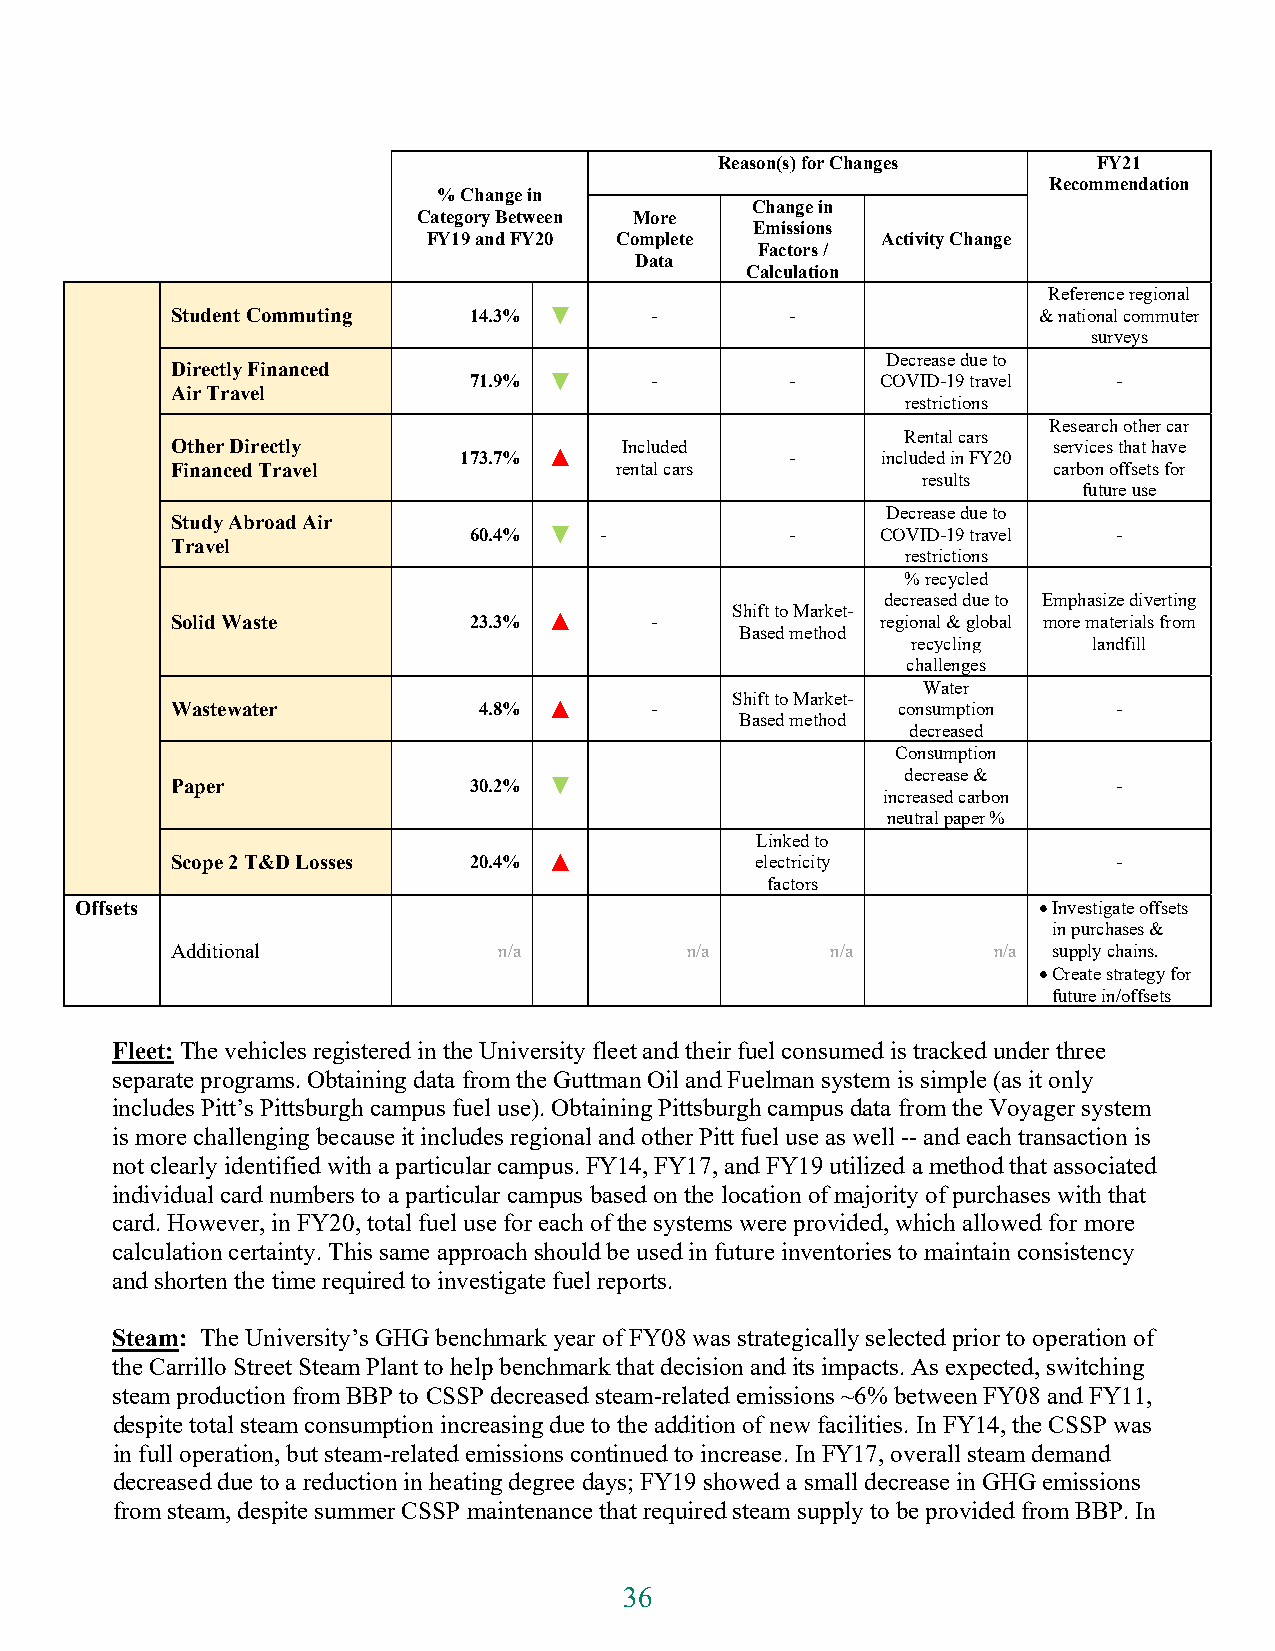
Reason(s) for Changes    FY21
 Recommendation
 % Change in
 Change in
 Category Between More
 Emissions
 FY19 and FY20 Complete        Activity Change
 Factors /
 Data
 Calculation
 Reference regional
 Student Commuting   14.3% ▼     -        -                & national commuter
 surveys
 Decrease due to
 Directly Financed
 71.9% ▼     -        -     COVID-19 travel -
 Air Travel
 restrictions
 Research other car
 Rental cars
 Other Directly                Included                     services that have
 173.7% ▲              -     included in FY20
 Financed Travel               rental cars                  carbon offsets for
 results
 future use
 Decrease due to
 Study Abroad Air
 60.4% ▼  -           -     COVID-19 travel -
 Travel
 restrictions
 % recycled
 decreased due to Emphasize diverting
 Shift to Market-
 Solid Waste         23.3% ▲     -              regional & global more materials from
 Based method
 recycling   landfill
 challenges
 Water
 Shift to Market-
 Wastewater           4.8% ▲     -               consumption    -
 Based method
 decreased
 Consumption
 decrease &
 Paper               30.2% ▼                                    -
 increased carbon
 neutral paper %
 Linked to
 Scope 2 T&D Losses  20.4% ▲            electricity             -
 factors
 Offsets                                                          Investigate offsets
 in purchases &
 Additional            n/a         n/a       n/a        n/a supply chains.
  Create strategy for
 future in/offsets
 Fleet: The vehicles registered in the University fleet and their fuel consumed is tracked under three
 separate programs. Obtaining data from the Guttman Oil and Fuelman system is simple (as it only
 includes Pitt’s Pittsburgh campus fuel use). Obtaining Pittsburgh campus data from the Voyager system
 is more challenging because it includes regional and other Pitt fuel use as well -- and each transaction is
 not clearly identified with a particular campus. FY14, FY17, and FY19 utilized a method that associated
 individual card numbers to a particular campus based on the location of majority of purchases with that
 card. However, in FY20, total fuel use for each of the systems were provided, which allowed for more
 calculation certainty. This same approach should be used in future inventories to maintain consistency
 and shorten the time required to investigate fuel reports.
 Steam: The University’s GHG benchmark year of FY08 was strategically selected prior to operation of
 the Carrillo Street Steam Plant to help benchmark that decision and its impacts. As expected, switching
 steam production from BBP to CSSP decreased steam-related emissions ~6% between FY08 and FY11,
 despite total steam consumption increasing due to the addition of new facilities. In FY14, the CSSP was
 in full operation, but steam-related emissions continued to increase. In FY17, overall steam demand
 decreased due to a reduction in heating degree days; FY19 showed a small decrease in GHG emissions
 from steam, despite summer CSSP maintenance that required steam supply to be provided from BBP. In
 36